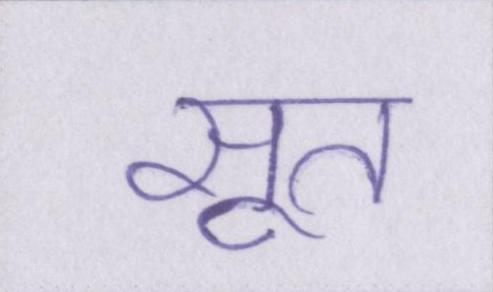
सूत